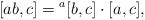
LaTeX: \begin{align*}[ab, c]={}^a[b, c]\cdot[a, c], \end{align*}